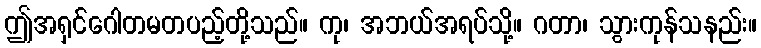
ဤအရှင်ဂေါတမတပည့်တို့သည်။ ကု၊ အဘယ်အရပ်သို့။ ဂတာ၊ သွားကုန်သနည်း။